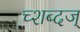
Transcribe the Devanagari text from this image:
च्शब्दज्